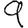
Digit: 9